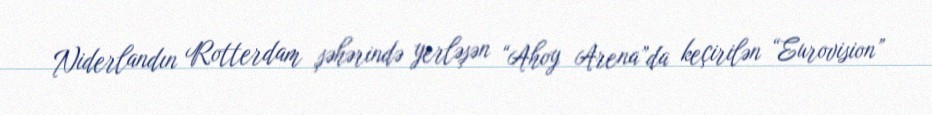
Niderlandın Rotterdam şəhərində yerləşən “Ahoy Arena”da keçirilən “Eurovision”